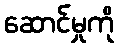
ဆောင်မှုကို